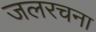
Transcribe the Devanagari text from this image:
जलरचना